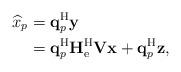
LaTeX: \begin{align*}\widehat{x}_p&=\mathbf{q}_p^{\mathrm{H}}\mathbf{y}\\&=\mathbf{q}_p^{\mathrm{H}}\mathbf{H}_{\mathrm{e}}^{\mathrm{H}}\mathbf{V}\mathbf{x}+\mathbf{q}_p^{\mathrm{H}}\mathbf{z},\end{align*}